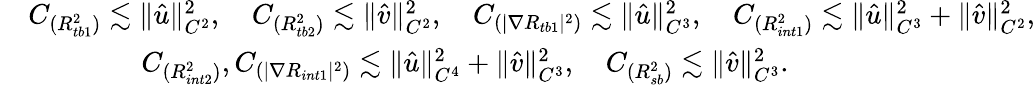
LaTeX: \begin{array}{rl}&{C_{({R_{tb1}^{2}})}\lesssim\| \hat{u}\| _{C^{2}}^{2},\quad C_{({R_{tb2}^{2}})}\lesssim\| \hat{v}\| _{C^{2}}^{2},\quad C_{(|\nabla R_{tb1}|^{2})}\lesssim\| \hat{u}\| _{C^{3}}^{2},\quad C_{({R_{int1}^{2}})}\lesssim\| \hat{u}\| _{C^{3}}^{2}+\| \hat{v}\| _{C^{2}}^{2},}\\ &{\qquad\qquad C_{({R_{int2}^{2}})},C_{(|\nabla R_{int1}|^{2})}\lesssim\| \hat{u}\| _{C^{4}}^{2}+\| \hat{v}\| _{C^{3}}^{2},\quad C_{({R_{sb}^{2}})}\lesssim\| \hat{v}\| _{C^{3}}^{2}.}\end{array}